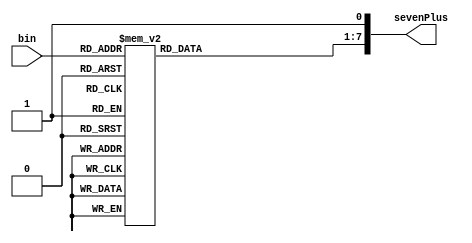
`timescale 1ns / 1ps
//////////////////////////////////////////////////////////////////////////////////
// Company: 
// Engineer: 
// 
// Design Name: 
// Module Name:    Binary_to_7LED_DEC 
// Project Name: 
// Target Devices: 
// Tool versions: 
// Description: 
//
// Dependencies: 
//
// Revision: 
// Revision 0.01 - File Created
// Additional Comments: 
//
//////////////////////////////////////////////////////////////////////////////////
module Binary_to_7LED_DEC(bin,sevenPlus);
input [3:0] bin;
output reg [7:0] sevenPlus;
reg [6:0] seven; //Assume MSB is A, and LSB is G	
initial	begin//Initial block, used for correct simulations	
	seven=0;
	sevenPlus=0;
end
always @ (*) begin
	case(bin)	
		0:	seven = 7'b0000001;
		1:	seven = 7'b1001111;
		2: seven = 7'b0010010;
		3: seven = 7'b0000110;
		4: seven = 7'b1001100;
		5: seven = 7'b0100100;
		6: seven = 7'b0100000;
		7: seven = 7'b0001111;
		8: seven = 7'b0000000;
		9: seven = 7'b0001100;
		14: seven = 7'b0001000;
		15: seven = 7'b1100000;
		//remember 0 means light-up
		default: seven = 7'b1111111;//Something here	
	endcase
	sevenPlus = {seven,1'b1};
	end
endmodule